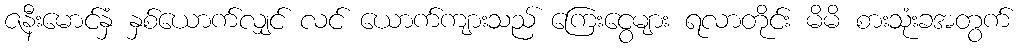
ဇနီးမောင်နှံ နှစ်ယောက်လျှင် လင် ယောက်ကျားသည် ကြေးငွေများ ရလာတိုင်း မိမိ စားသုံးခအတွက်